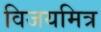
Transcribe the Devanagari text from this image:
विजयमित्र